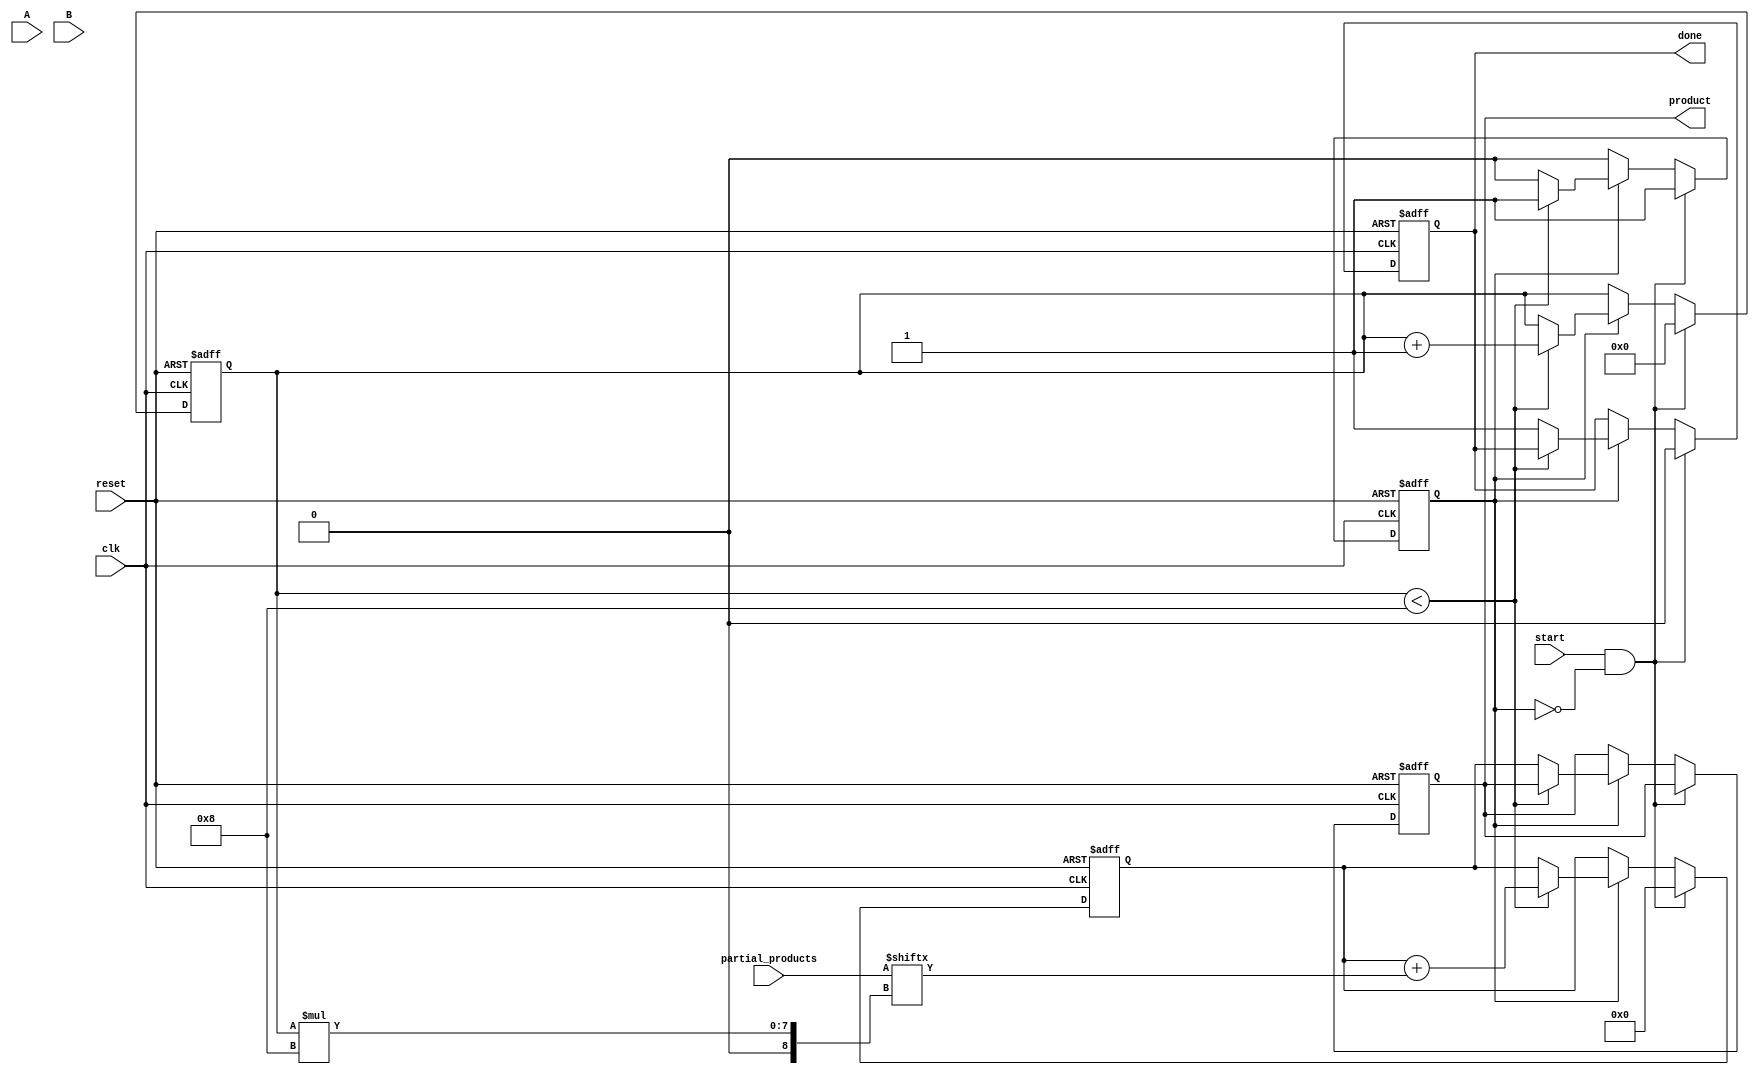
module PartialProductAccumulator #(
    parameter N = 8, // Number of bits for multiplicand A
    parameter M = 8  // Number of bits for multiplier B
)(
    input wire [N-1:0] A,                // Multiplicand
    input wire [M-1:0] B,                // Multiplier
    input wire [N+M-1:0] partial_products, // Partial products bus
    input wire start,                     // Start signal
    input wire reset,                     // Reset signal
    input wire clk,                       // Clock signal
    output reg [N+M-1:0] product,        // Final product
    output reg done                       // Done signal
);

    reg [N+M-1:0] accumulator;            // Accumulator for partial products
    reg [3:0] count;                      // Counter for the number of partial products processed
    reg processing;                       // State to indicate if accumulation is in progress

    // Asynchronous reset
    always @(posedge clk or posedge reset) begin
        if (reset) begin
            product <= 0;
            accumulator <= 0;
            count <= 0;
            done <= 0;
            processing <= 0;
        end else if (start && !processing) begin
            // Start the accumulation process
            accumulator <= 0;
            count <= 0;
            done <= 0;
            processing <= 1;
        end else if (processing) begin
            // Accumulate partial products
            if (count < M) begin
                accumulator <= accumulator + partial_products[(count+1)*N-1:count*N];
                count <= count + 1;
            end else begin
                // Finished processing all partial products
                product <= accumulator;
                done <= 1;
                processing <= 0;
            end
        end
    end

endmodule